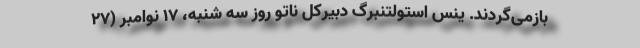
بازمی‌گردند. ینس استولتنبرگ دبیرکل ناتو روز سه شنبه، ۱۷ نوامبر (۲۷